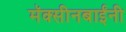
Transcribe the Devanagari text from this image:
मॅक्सीनबाईंनी